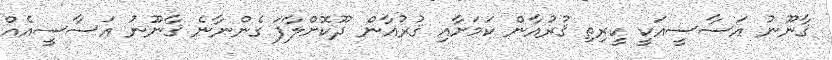
ޤާނޫނު އަސާސީއަކީ ކީރިތި ޤުރުއާން ކަމަށާއި ޤުރުއާން ދޫކޮށްލާފަ ގެންނާނެ ޤާނޫނު އަސާސީއެއް